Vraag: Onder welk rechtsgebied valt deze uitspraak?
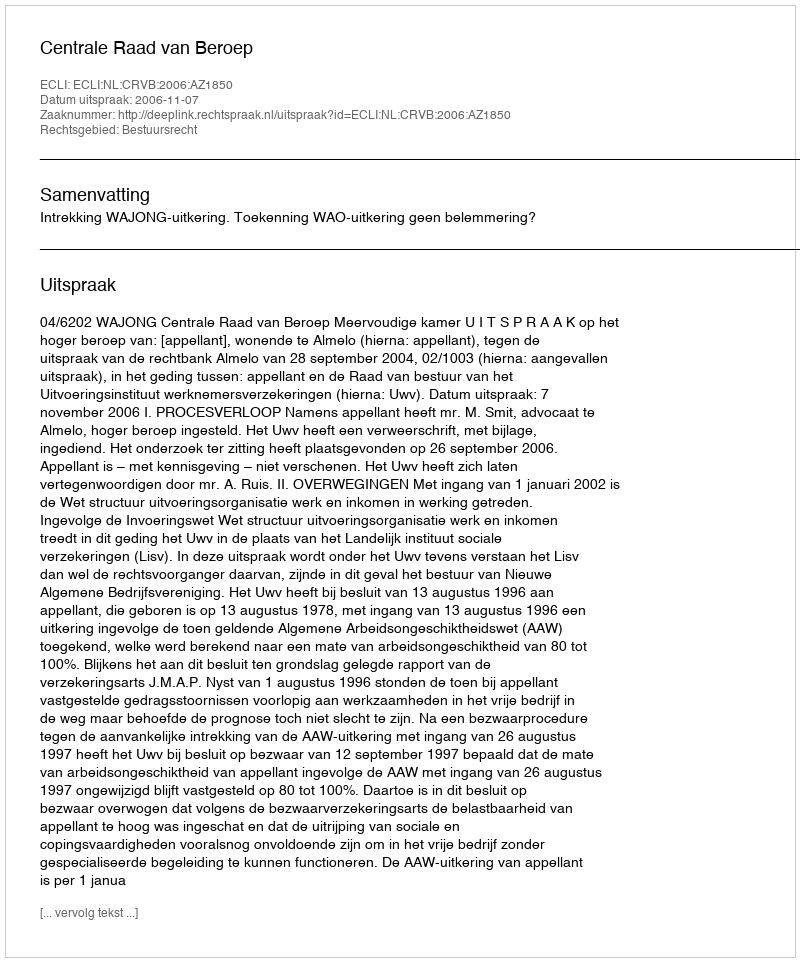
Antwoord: Bestuursrecht